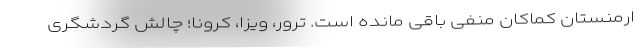
ارمنستان کماکان منفی باقی مانده است. ترور، ویزا، کرونا؛ چالش گردشگری